65_HS1-834228961_62-HQ-83894_Section_9
Agency: FBI
Page 232
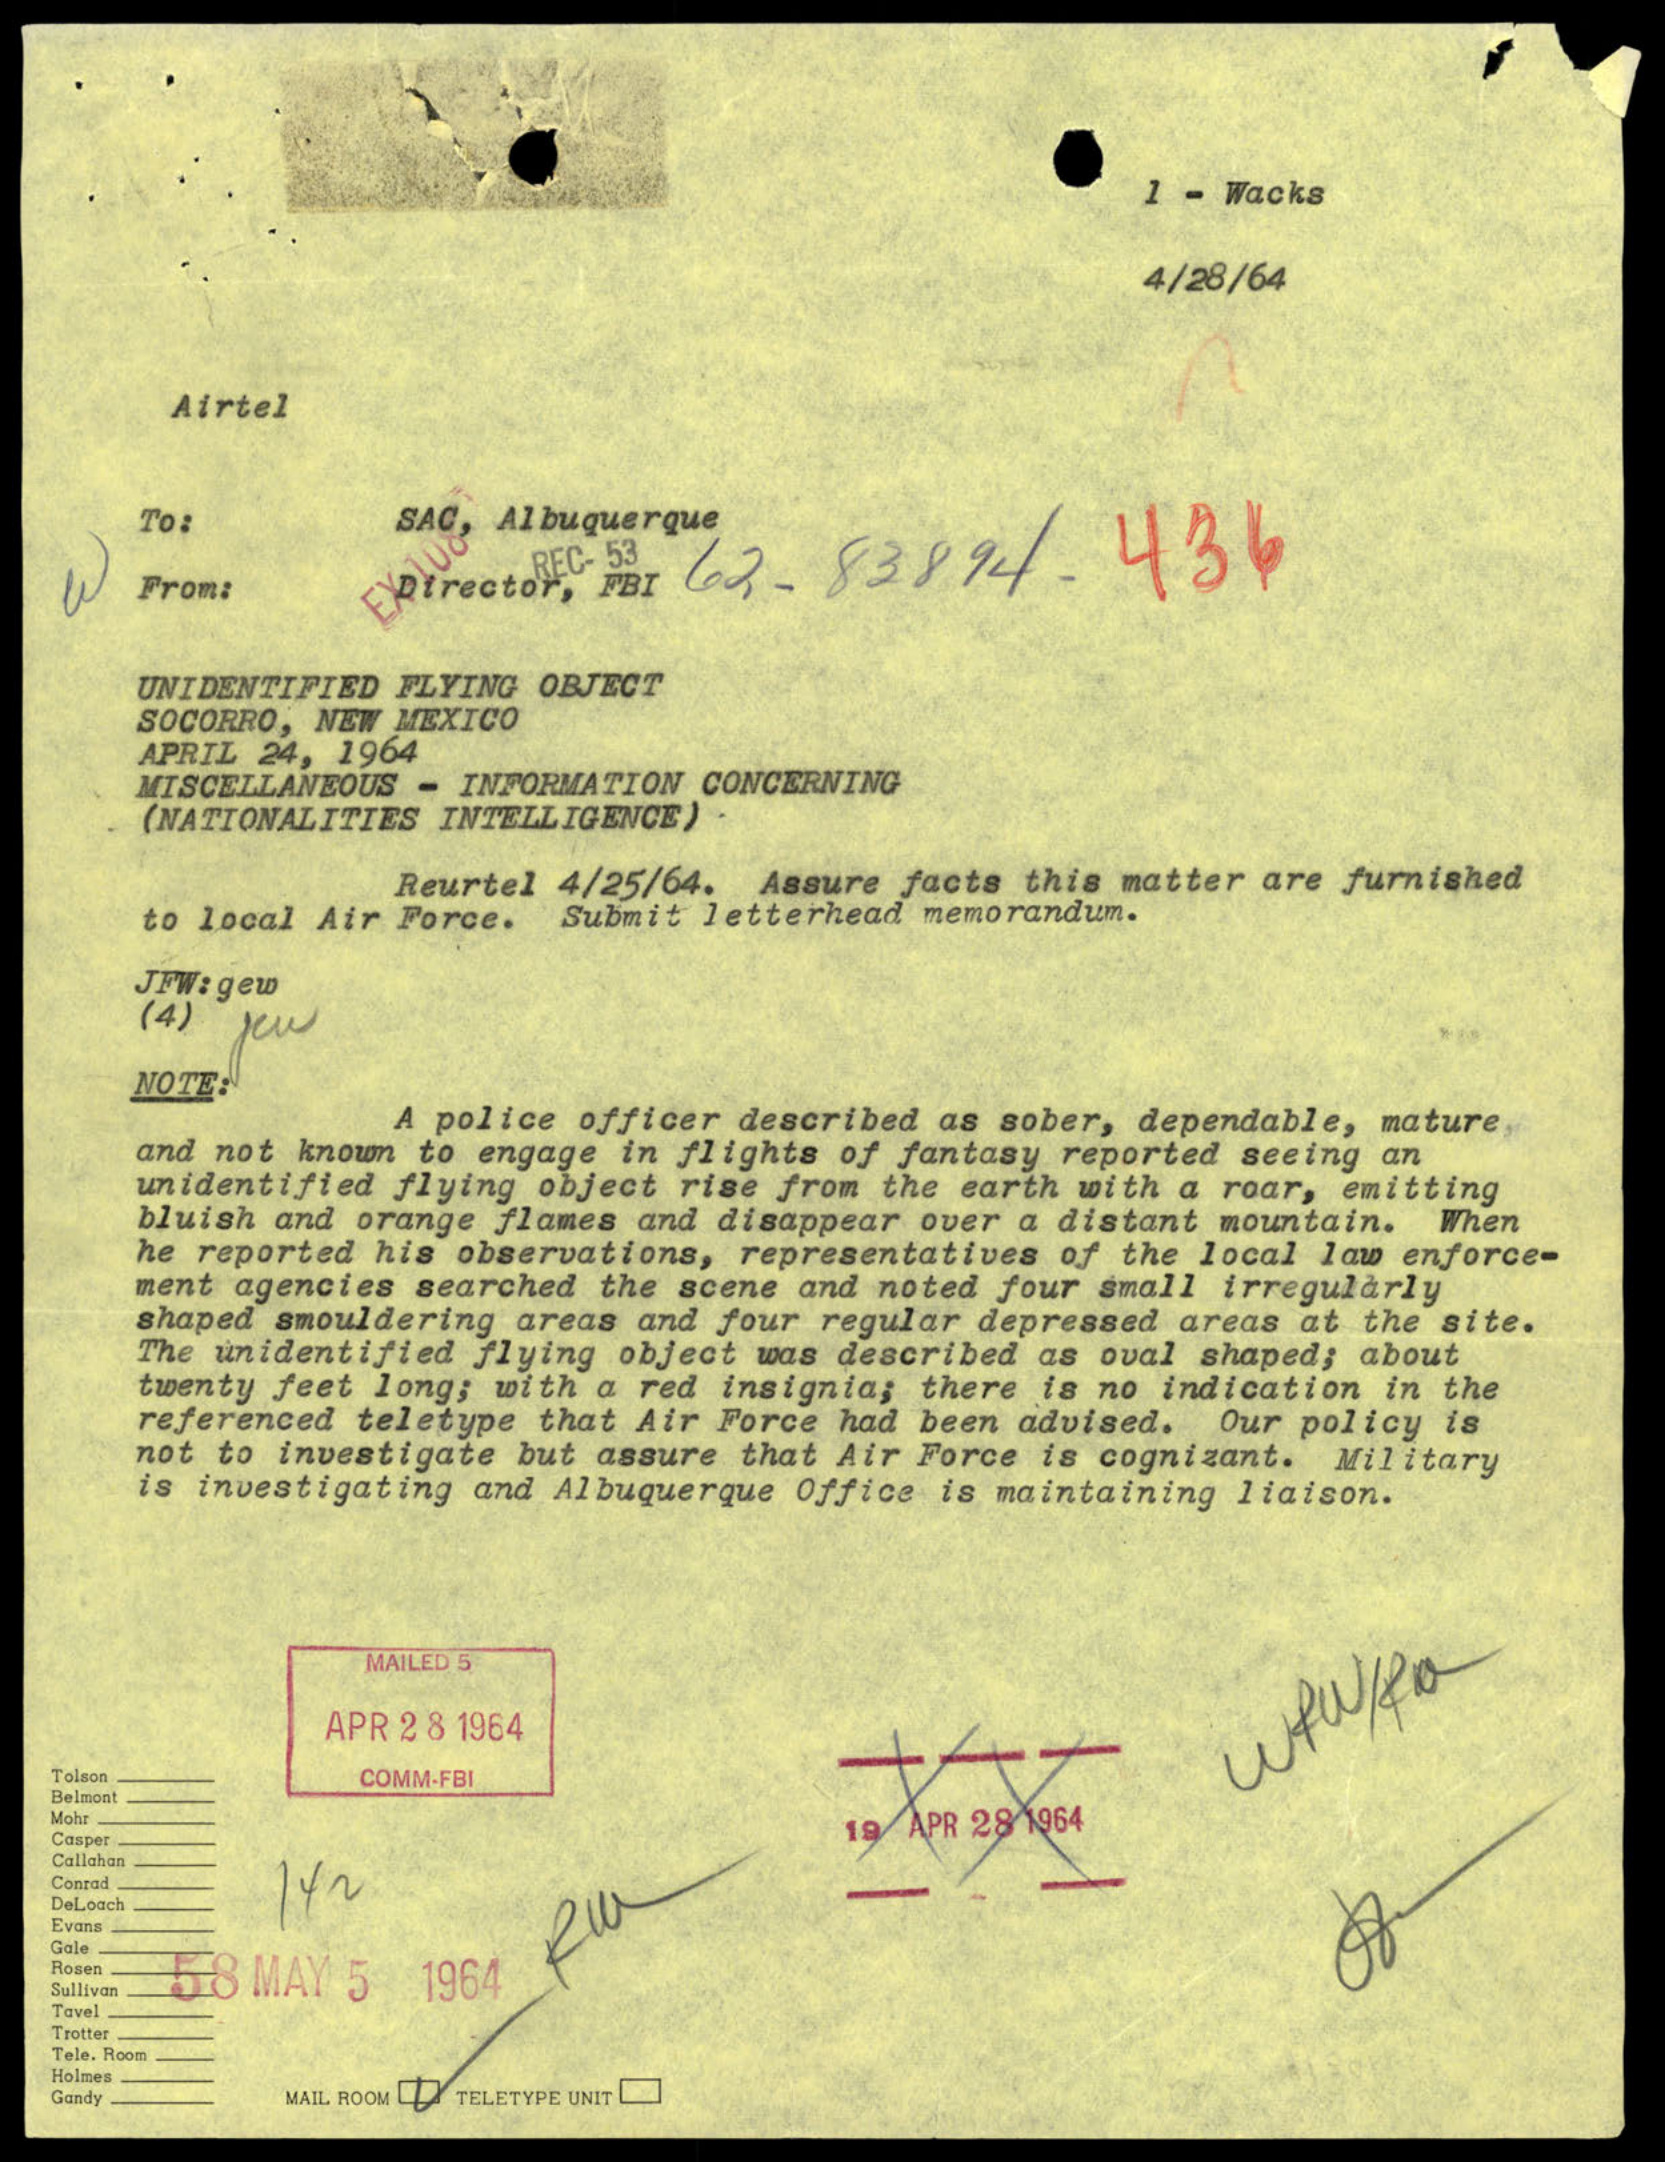